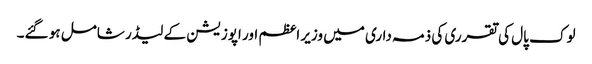
لوک پال کی تقرری کی ذمہ داری میں وزیر اعظم اور اپوزیشن کے لیڈر شامل ہو گئے۔